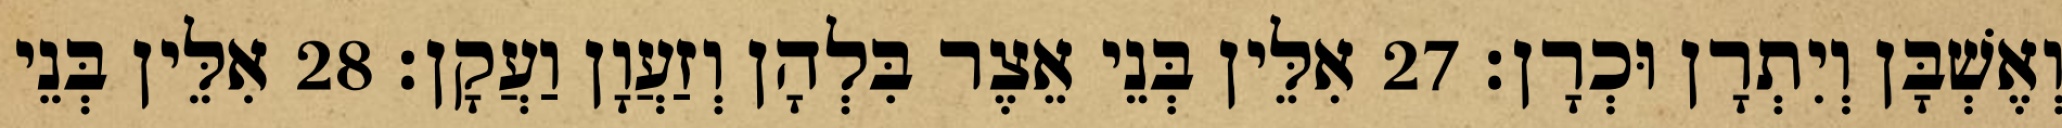
וְאֶשְׁבָּן וְיִתְרָן וּכְרָן׃ 27 אִלֵּין בְּנֵי אֵצֶר בִּלְהָן וְזַעֲוָן וַעֲקָן׃ 28 אִלֵּין בְּנֵי